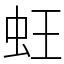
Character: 蚟